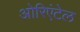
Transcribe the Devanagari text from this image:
ओरिएंटेल